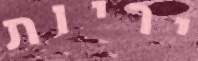
יריות